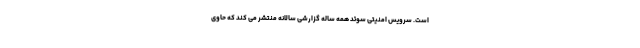
است. سرویس امنیتی سوئد همه ساله گزارشی سالانه منتشر می کند که حاوی